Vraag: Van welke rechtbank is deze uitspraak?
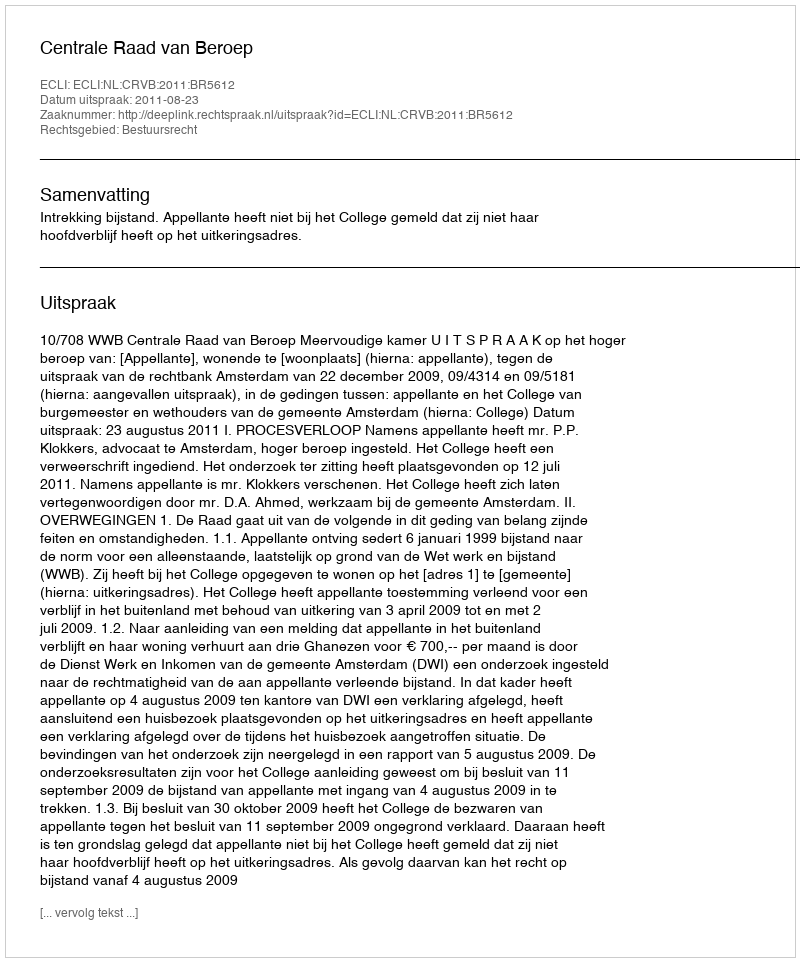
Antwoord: Centrale Raad van Beroep